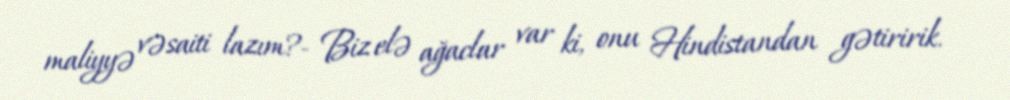
maliyyə vəsaiti lazım?- Biz elə ağaclar var ki, onu Hindistandan gətiririk.